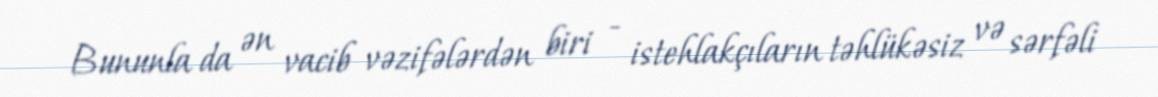
Bununla da ən vacib vəzifələrdən biri - istehlakçıların təhlükəsiz və sərfəli